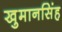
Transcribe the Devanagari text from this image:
खुमानसिंह